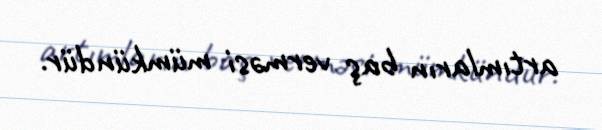
artımların baş verməsi mümkündür.